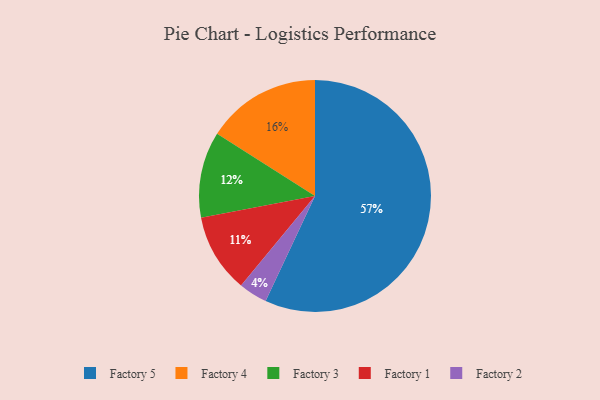
{"axis": {"x": "Category", "y": "Percentage"}, "legend": ["Factory 1", "Factory 2", "Factory 3", "Factory 4", "Factory 5"], "data": [{"x": "Factory 3", "y": 12, "type": "Factory 3"}, {"x": "Factory 4", "y": 16, "type": "Factory 4"}, {"x": "Factory 1", "y": 11, "type": "Factory 1"}, {"x": "Factory 5", "y": 57, "type": "Factory 5"}, {"x": "Factory 2", "y": 4, "type": "Factory 2"}]}